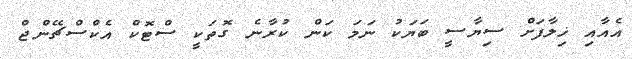
އެއާއި ޚިލާފަށް ސިޔާސީ ބަޔަކު ނަމަ ކަން ކުރާނެ ގޮތަކީ ސްޓޮކް އެކްސްޗޭންޖް